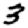
Digit: 3